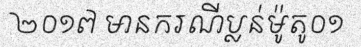
២០១៧ មានករណីប្លន់ម៉ូតូ០១